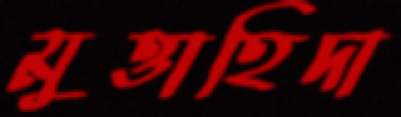
মুত্তাহিদা